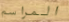
المراسم